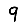
Digit: 9